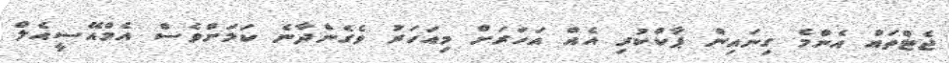
ޖެޓްތައް އެންމެ ގިނައިން ޕާކްކުރި އެއް އަހަރަށް މިއަހަރު ވެގެންދާނެ ކަަމަށްވެސް އެމްއޭސީއެލް